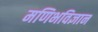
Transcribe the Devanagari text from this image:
मणिभविज्ञान